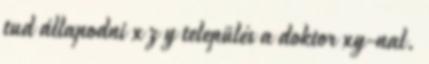
tud állapodni x z y település a doktor xy-nal.